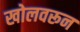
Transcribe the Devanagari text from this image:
खोलवरून